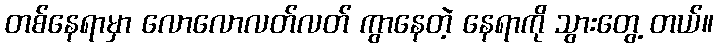
တစ်နေရာမှာ လောလောလတ်လတ် ကွာနေတဲ့ နေရာကို သွားတွေ့ တယ်။